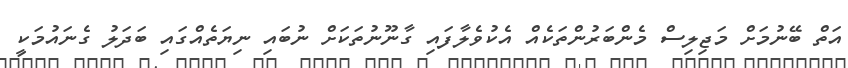
އަތް ބޭނުމަށް މަޖިލިސް މެންބަރުންތަކެއް އެކުވެލާފައި ގާނޫނުތަކަށް ނުބައި ނިޔަތެއްގައި ބަދަލު ގެނައުމަކީ